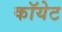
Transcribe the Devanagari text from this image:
कॉयेट